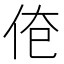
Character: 𰁱